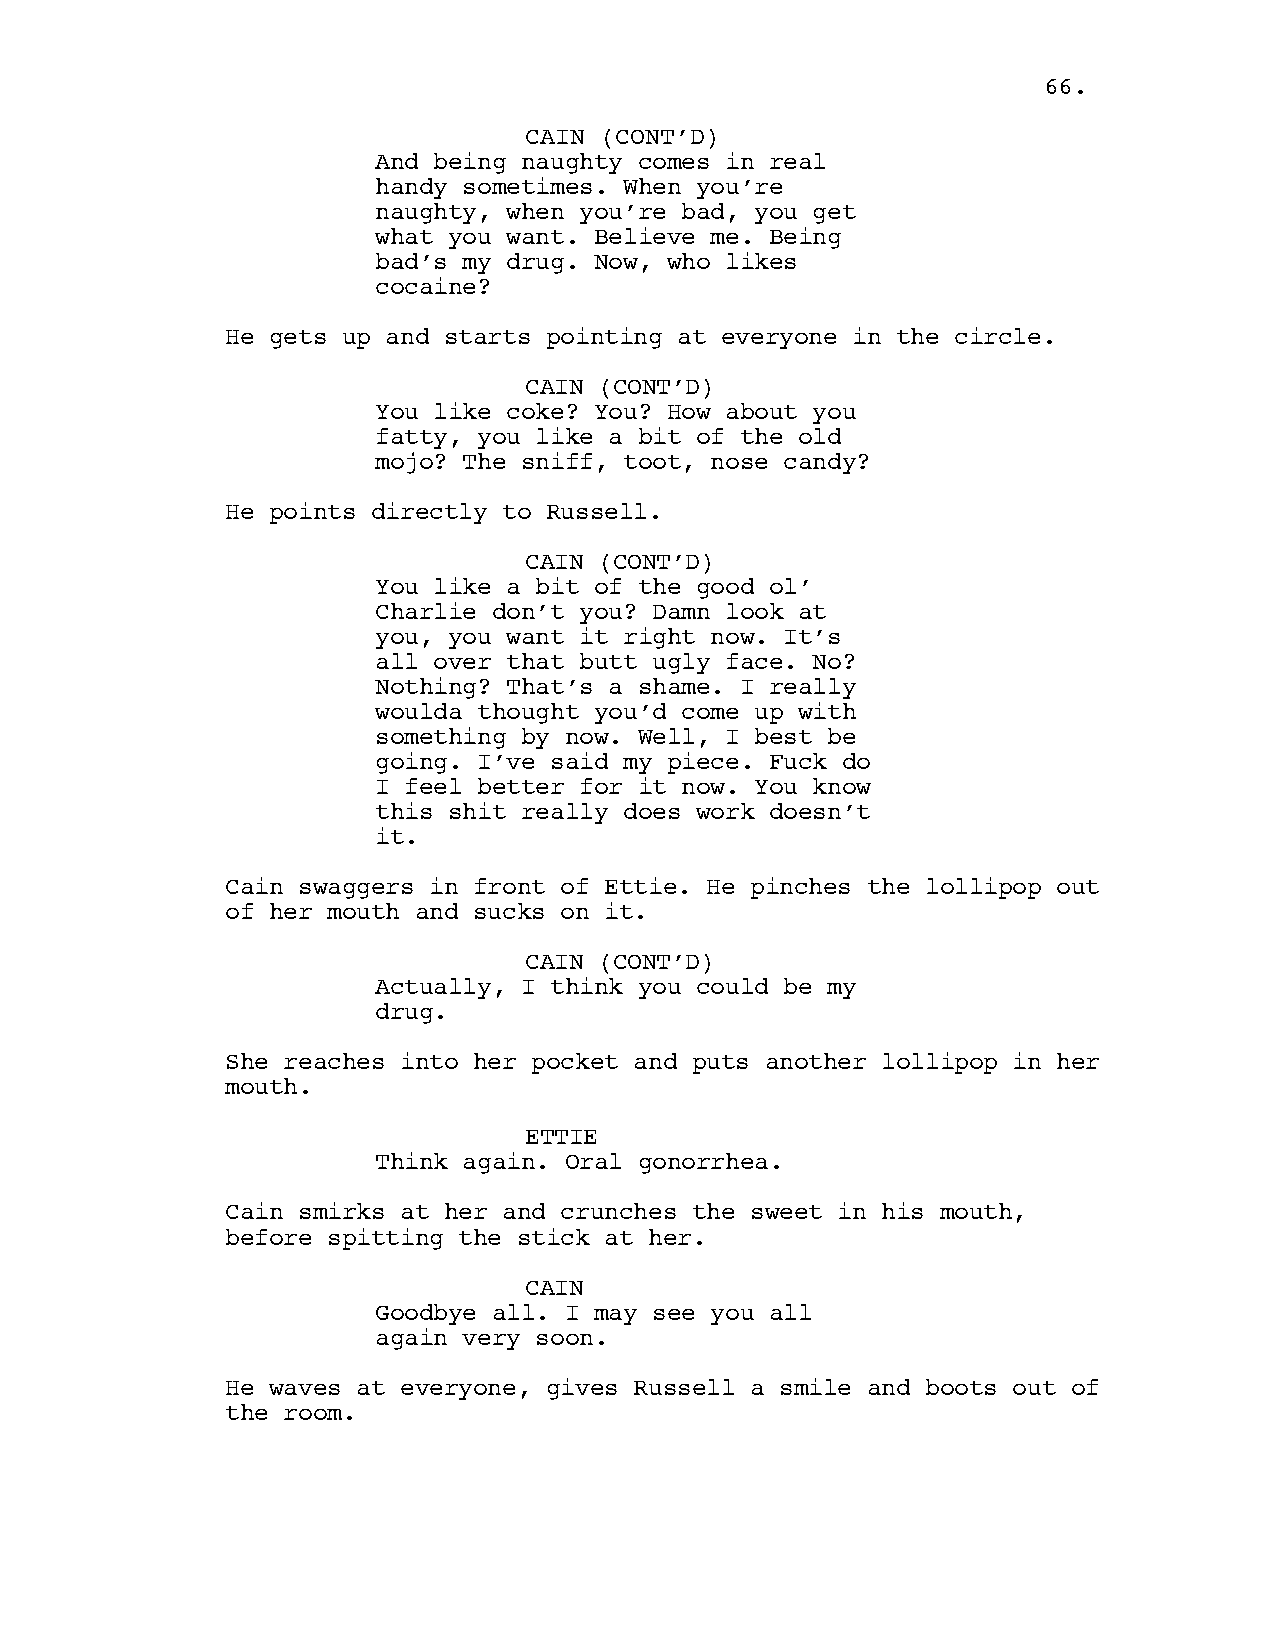
66.
 CAIN (CONT’D)
 And being naughty comes in real
 handy sometimes. When you’re
 naughty, when you’re bad, you get
 what you want. Believe me. Being
 bad’s my drug. Now, who likes
 cocaine?
 He gets up and starts pointing at everyone in the circle.
 CAIN (CONT’D)
 You like coke? You? How about you
 fatty, you like a bit of the old
 mojo? The sniff, toot, nose candy?
 He points directly to Russell.
 CAIN (CONT’D)
 You like a bit of the good ol’
 Charlie don’t you? Damn look at
 you, you want it right now. It’s
 all over that butt ugly face. No?
 Nothing? That’s a shame. I really
 woulda thought you’d come up with
 something by now. Well, I best be
 going. I’ve said my piece. Fuck do
 I feel better for it now. You know
 this shit really does work doesn’t
 it.
 Cain swaggers in front of Ettie. He pinches the lollipop out
 of her mouth and sucks on it.
 CAIN (CONT’D)
 Actually, I think you could be my
 drug.
 She reaches into her pocket and puts another lollipop in her
 mouth.
 ETTIE
 Think again. Oral gonorrhea.
 Cain smirks at her and crunches the sweet in his mouth,
 before spitting the stick at her.
 CAIN
 Goodbye all. I may see you all
 again very soon.
 He waves at everyone, gives Russell a smile and boots out of
 the room.